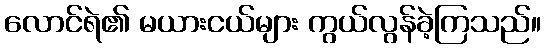
လောင်ရဲ၏ မယားငယ်များ ကွယ်လွန်ခဲ့ကြသည်။